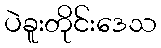
ပဲခူးတိုင်းဒေသ